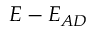
E - E _ { A D }